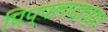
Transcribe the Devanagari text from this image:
पिप्पलादाच्या